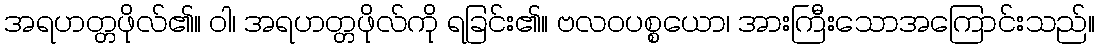
အရဟတ္တဖိုလ်၏။ ဝါ၊ အရဟတ္တဖိုလ်ကို ရခြင်း၏။ ဗလဝပစ္စယော၊ အားကြီးသောအကြောင်းသည်။